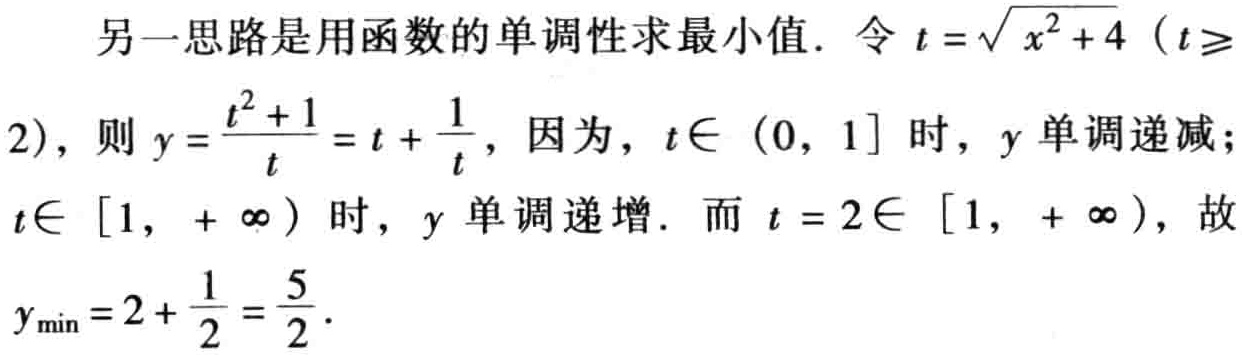
另一思路是用函数的单调性求最小值．令\(t = \sqrt{x^{2}+4}\)（\(t\geqslant2\)），则\(y = \frac{t^{2}+1}{t}=t+\frac{1}{t}\)，因为，\(t\in(0,1]\)时，\(y\)单调递减；\(t\in[1,+\infty)\)时，\(y\)单调递增．而\(t = 2\in[1,+\infty)\)，故\(y_{\min}=2+\frac{1}{2}=\frac{5}{2}\)．